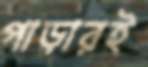
পাড়ারই